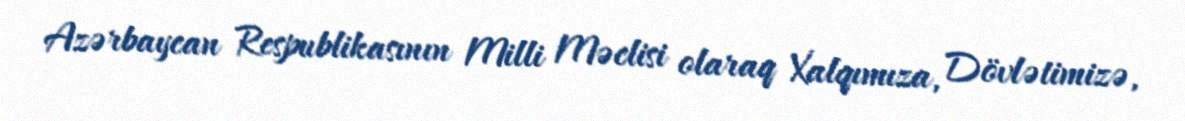
Azərbaycan Respublikasının Milli Məclisi olaraq Xalqımıza, Dövlətimizə,